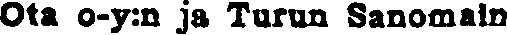
Ota o-y:n ja Turun Sanomain